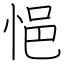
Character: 悒